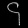
Digit: ၄